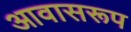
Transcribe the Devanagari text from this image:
आवासरूप